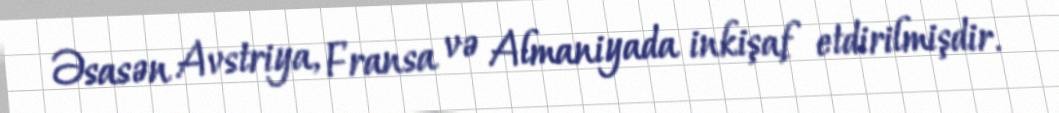
Əsasən Avstriya, Fransa və Almaniyada inkişaf etdirilmişdir.